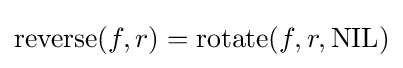
\operatorname {reverse} (f,r)=\operatorname {rotate} (f,r,{\text{NIL}})